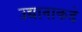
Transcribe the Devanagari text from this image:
उद्यानाकडे